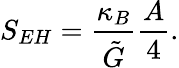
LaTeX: S_{EH}=\frac{\kappa_{B}}{\tilde{G}}\frac{A}{4}.